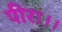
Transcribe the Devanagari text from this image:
पीरा।।